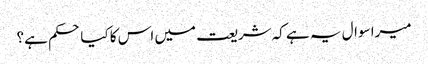
میرا سوال یہ ہے کہ شریعت میں اس کا کیا حکم ہے؟